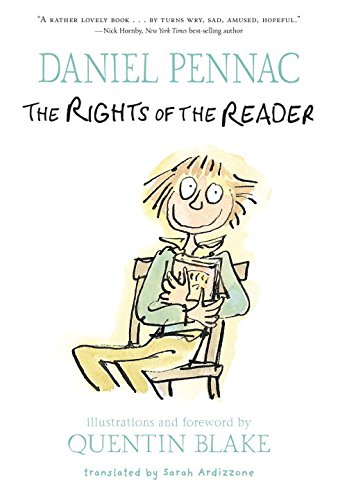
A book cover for The Rights of the Reader; Daniel Pennac; Teen & Young Adult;